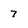
Character: 7